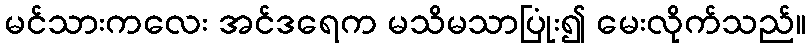
မင်သားကလေး အင်ဒရေက မသိမသာပြုံး၍ မေးလိုက်သည်။